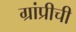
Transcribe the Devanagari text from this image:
ग्रांप्रीची